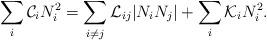
LaTeX: \begin{align*}\sum_i {\cal C}_i N_i^2 = \sum_{i\neq j}{\cal L}_{ij}|N_iN_j| + \sum_i {\cal K}_i N_i^2.\end{align*}